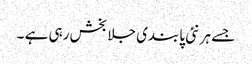
جسے ہر نئی پابندی جلا بخش رہی ہے ۔